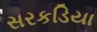
સરકડિયા